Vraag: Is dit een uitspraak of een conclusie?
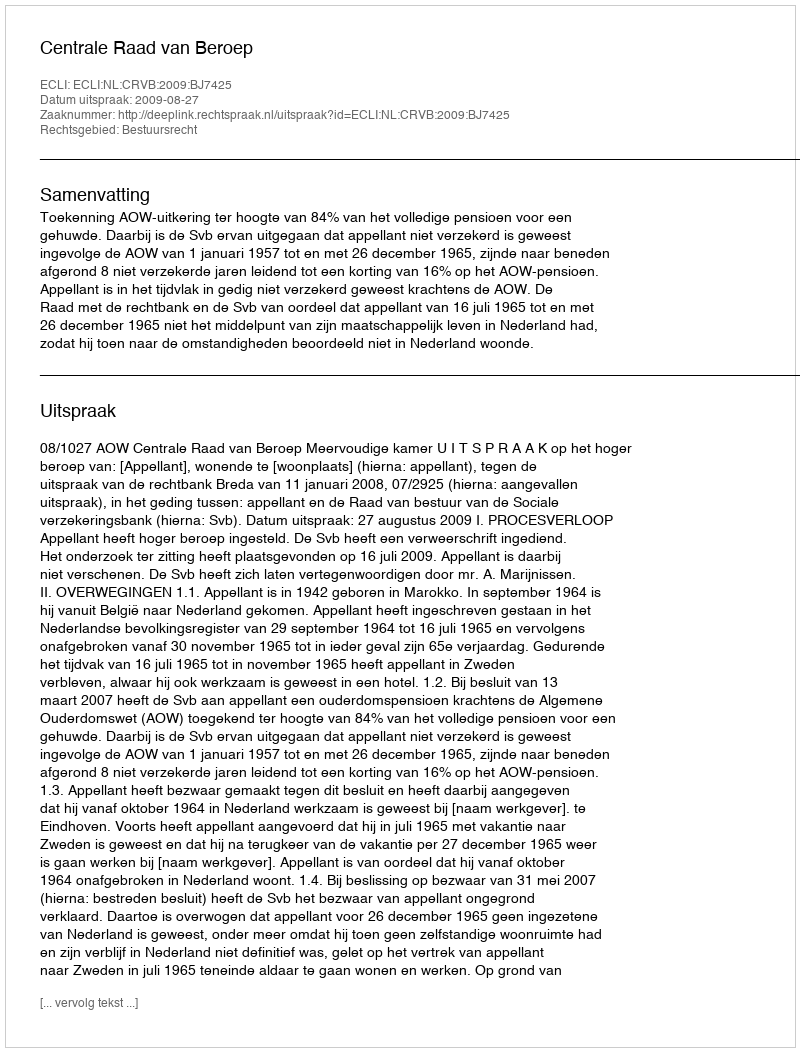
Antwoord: Uitspraak